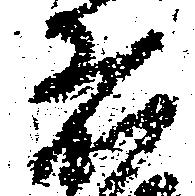
者